Annual report of the Bengal Veterinary College and of the Civil Veterinary Department, Bengal, for the year 1912-1913 - 1912-1913
Year: 1912
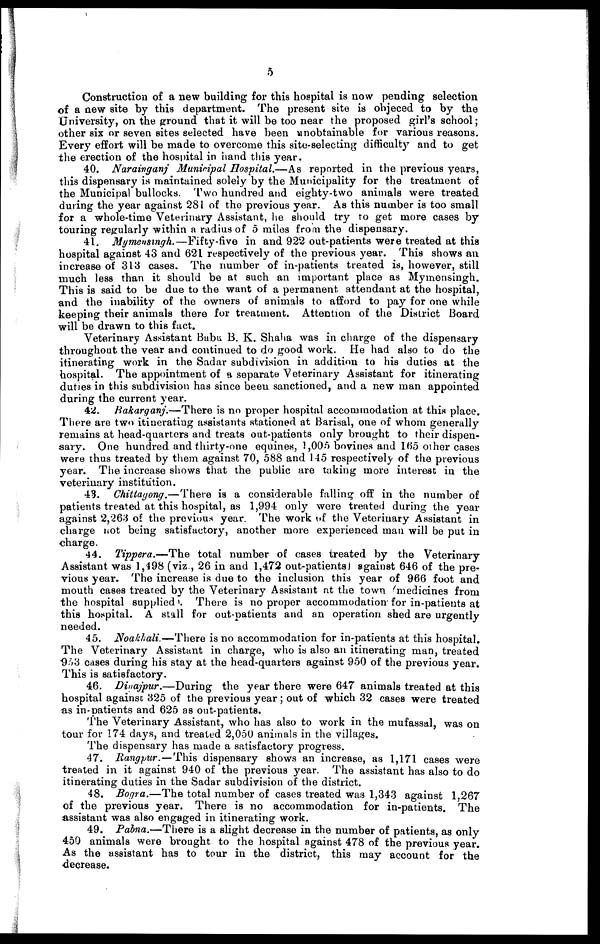
5
Construction of a new building for this hospital is now pending selection
of a new site by this department. The present site is objeced to by the
University, on the ground that it will be too near the proposed girl's school;
other six or seven sites selected have been unobtainable for various reasons.
Every effort will be made to overcome this site-selecting difficulty and to get
the erection of the hospital in hand this year.
40. Narainganj Municipal Hospital.—As
reported in the previous years,
this dispensary is maintained solely by the Municipality for the treatment of
the Municipal bullocks. Two hundred and eighty-two animals were treated
during the year against 281 of the previous year. As this number is too small
for a whole-time Veterinary Assistant, he should try to get more cases by
touring regularly within a radius of 5 miles from the dispensary.
41. Mymensingh.—Fifty-five
in and 922 out-patients were treated at this
hospital against 43 and 621 respectively of the previous year. This shows an
increase of 313 cases. The number of in-patients treated is, however, still
much less than it should be at such an important place as Mymensingh.
This is said to be due to the want of a permanent attendant at the hospital,
and the inability of the owners of animals to afford to pay for one while
keeping their animals there for treatment. Attention of the District Board
will be drawn to this fact.
Veterinary Assistant Babu B. K. Shaha was in charge of the dispensary
throughout the year and continued to do good work. He had also to do the
itinerating work in the Sadar subdivision in addition to his duties at the
hospital. The appointment of a separate Veterinary Assistant for itinerating
duties in this subdivision has since been sanctioned, and a new man appointed
during the current year.
42. Bakarganj.—There
is no proper hospital accommodation at this place.
There are two itinerating assistants stationed at Barisal, one of whom generally
remains at head-quarters and treats out-patients only brought to their dispen-
sary. One hundred and thirty-one equines, 1,005 bovines and 165 other cases
were thus treated by them against 70, 588 and 145 respectively of the previous
year. The increase shows that the public are taking more interest in the
veterinary institution.
43. Chittagong.—There
is a considerable falling off in the number of
patients treated at this hospital, as 1,994 only were treated during the year
against 2,263 of the previous year. The work of the Veterinary Assistant in
charge not being satisfactory, another more experienced man will be put in
charge.
44. Tippera.—The
total number of cases treated by the Veterinary-
Assistant was 1,498 (viz., 26 in and 1,472 out-patients) against 646 of the pre-
vious year. The increase is due to the inclusion this year of 966 foot and
mouth cases treated by the Veterinary Assistant at the town medicines from
the hospital supplied. There is no proper accommodation for in-patients at
this hospital. A stall for out-patients and an operation shed are urgently
needed.
45. Noakhali.—There
is no accommodation for in-patients at this hospital.
The Veterinary Assistant in charge, who is also an itinerating man, treated
953 cases during his stay at the head-quarters against 950 of the previous year.
This is satisfactory.
46. Dinajpur.—During
the year there were 647 animals treated at this
hospital against 325 of the previous year; out of which 32 cases were treated
as in-patients and 625 as out-patients.
The Veterinary Assistant, who has also to work in the mufassal, was on
tour for 174 days, and treated 2,050 animals in the villages.
The dispensary has made a satisfactory progress.
47. Rangpur. — This dispensary shows an increase, as 1,171 cases were
treated in it against 940 of the previous year. The assistant has also to do
itinerating duties in the Sadar subdivision of the district.
48. Bogra.—The total number of cases treated was 1,343 against 1,267
of the previous year. There is no accommodation for in-patients. The
assistant was also engaged in itinerating work.
49. Pabna.—There is a slight decrease in the number of patients, as only
450 animals were brought to the hospital against 478 of the previous year.
As the assistant has to tour in the district, this may account for the
decrease.